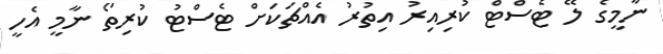
ނާމީގެ ލޭ ޓެސްޓް ކުރިއިރު އިތުރު އެއްޗަކަށް ޓެސްޓު ކުރިތޯ ނާމީ އެހީ